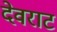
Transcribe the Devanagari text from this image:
देवराट